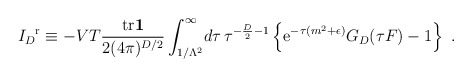
\begin{align*}{I_{D}}^{\mathrm r}\equiv-VT{{\mathrm{tr}}{\bf1}\over2(4\pi)^{D/2}}\int_{1/\Lambda^{2}}^{\infty}\!d\tau\,\tau^{-{D\over2}-1}\left\{{\mathrm e}^{-\tau(m^{2}+\epsilon)}G_{D}(\tau F)-1\right\}\ .\end{align*}